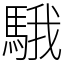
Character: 騀